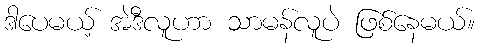
ဒါပေမယ့် အဲဒီလူဟာ သာမန်လူပဲ ဖြစ်နေမယ်။